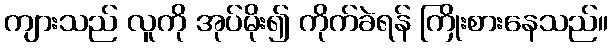
ကျားသည် လူကို အုပ်မိုး၍ ကိုက်ခဲရန် ကြိုးစားနေသည်။